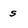
Character: s